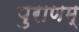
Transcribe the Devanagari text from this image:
पुराणम्‌